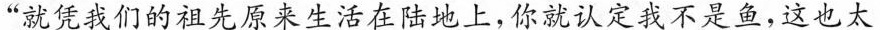
”就凭我们的祖先原来生活在陆地上，你就认定我不是鱼，这也太